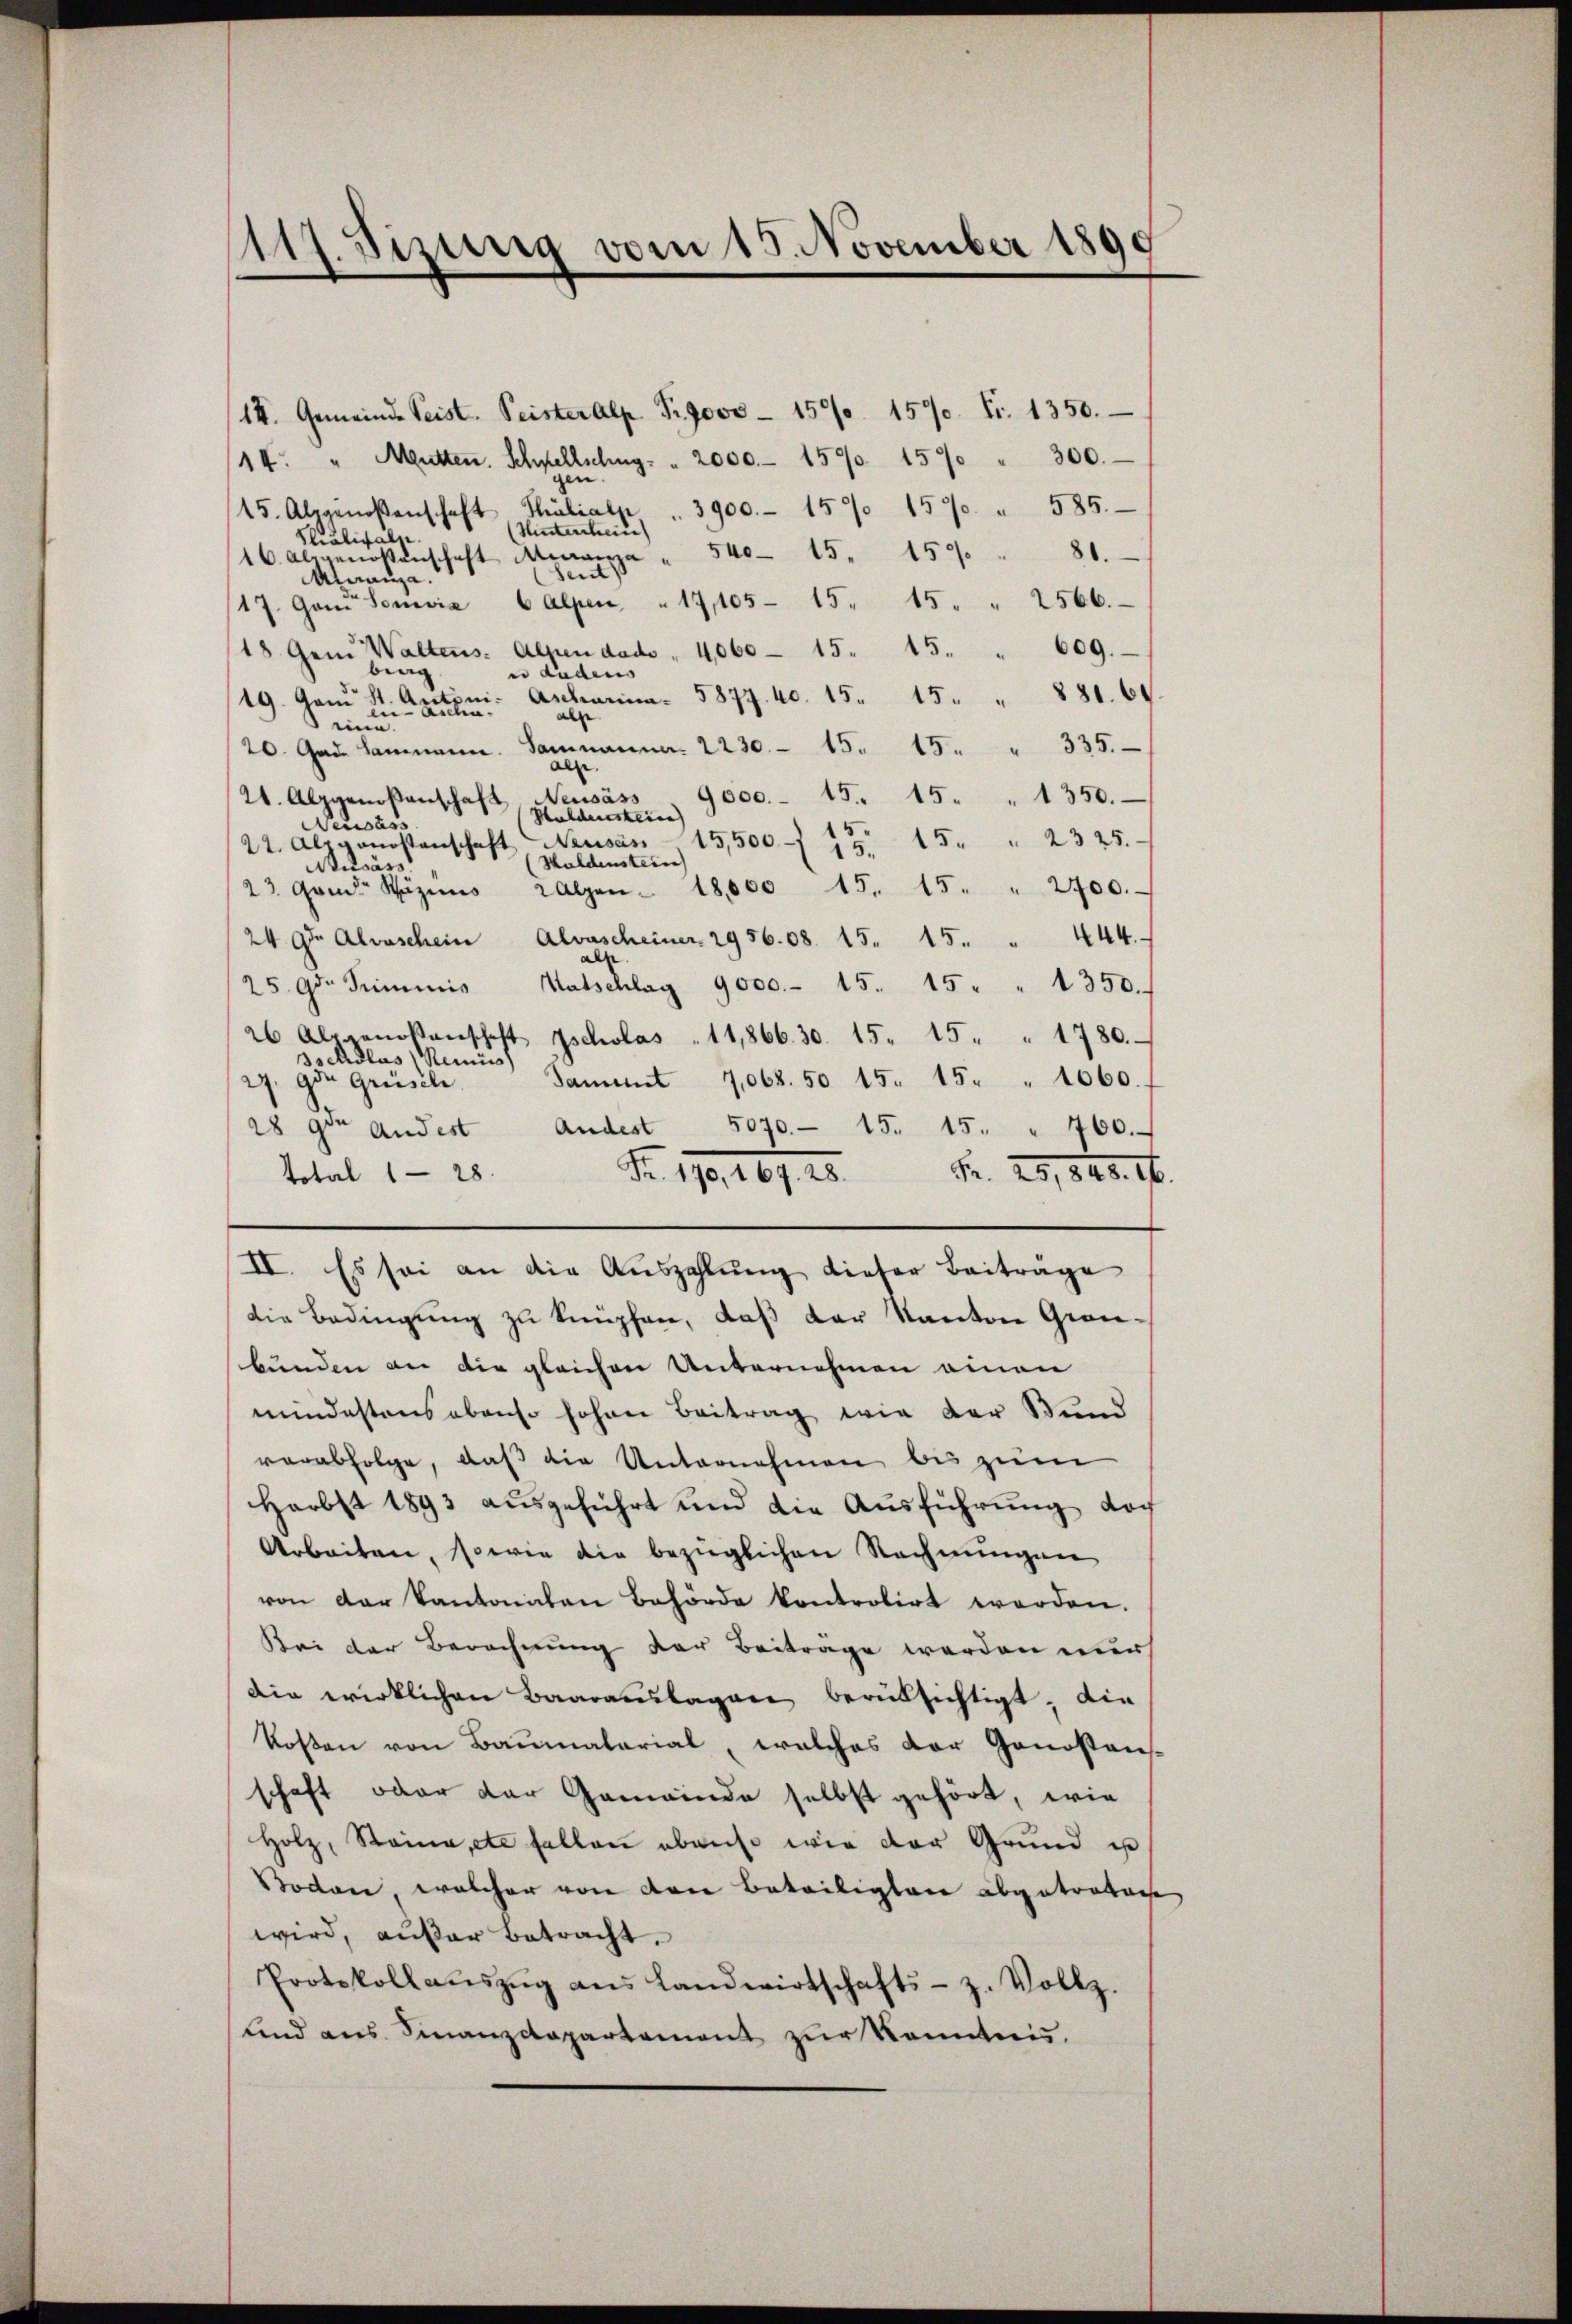
d
Heizung vom 15. November 1890

14. Gemeinde Seist. Peister Alp Fr. 9000 - 15. 1570. Fr. 1350.
14. " Mutten. Schnellschug: " 2000.- 1570. 1570 " 300.
gen.
3900.- 159. 157 " 585.
Thulialp
15. Alpgenoßenschaft
Unterschein
Stralisalp.
16 abgenossenschaft Manza " 540 - 15. 150 " 81.
Sent
Arranza.
17. Ganz Sovia 6 Alpen " 17, 105. 15. 15. " 2566.
s
4,060 - 15. 15. " 609.
18. Gem Waltens. Alpen dado
berg
er Luders |
Ascharina. 5877. 40. 15. 15 " " 881. 60
19. Gani St. Antoni.
en-Richa
alse
eine
20. Gad. Hammann. Sammanna. 2230 - 15. 15. " 335.
alse
Veusäss
9000.- 15. 15. " 1350.
21. Alpgenoßenschaft
Huldenstein
eiwäss
22. Alpgenossenschaft Neusas 15,500. Zt. 15 " " 2325.
Haldenstein
Aisäss
23 Gond. Räzins Walzen - 18,000 15. 15. " 2700.
24 gt Alvaschein Alvascheiner 2956.08. 15. 15. " 444.
als.
25 gr. Stimmis Watschlag 9000.- 15. 15 " " 1350.
26 Alpgenoßenschaft Zscholas " 11,866. 30. 15. 15 " " 1780.
sschdlus, Reinis
Samit 1068. 50 15. 15. " 1060.
27. gen Grüsile.
Andest 5070. 15. 15. " 700.
28 gon andest
Nr. 25,840. 16
Fr. 170, 167. 28.
total 1 - 28.
II. Es sei an die Auszahlung dieser Beitrage
die Bedingung zu knüpfen, daß der Kanton Gienbunden an die gleichen Unternehmen einen
mindestens ebenso hohen Beitrag wie der Bund
verabfolge, daß die Unternehmen bis zum
Herbst 1893 ausgeführt und die Ausführung doch
Arbeiten, sowie die bezüglichen Rechnungen
von der Kantonaten Behörde kontrolirt werden.
Bei der Berechnung der Beitrage werden nur
die wirklichen Baarauslagen berüksichtigt. Die
Kosten von Baumaterial, welches der Genosten-
schaft oder der Gemeinde selbst gehört, wie
Holz, Staina, et fallen abenso wie der Grŭnd u
Boden, welcher von den Beteiligten abgetretene
wird, außer betracht.
Protokollaŭszŭg ans Landwirtschafts- z. Vollz
und ans Finanzdepartement zŭr Kenntnis.